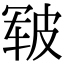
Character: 皲